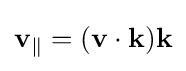
\mathbf {v} _{\parallel }=(\mathbf {v} \cdot \mathbf {k} )\mathbf {k}